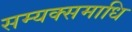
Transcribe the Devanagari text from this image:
सम्यक्समाधि